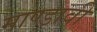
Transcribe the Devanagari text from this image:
माण्डावी